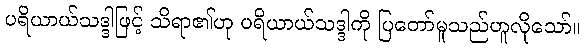
ပရိယာယ်သဒ္ဒါဖြင့် သိရာ၏ဟု ပရိယာယ်သဒ္ဒါကို ပြတော်မူသည်ဟူလိုသော်။